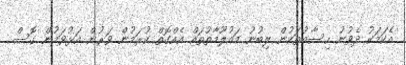
އެކަމަކު ދެވުނު ހިސާބުތަކުން ލިބުނު މައުލޫމާތުތައް އެއްގޮތް ކުރަމުން ވަރުން އަޅުވަމުން ގޮސް